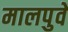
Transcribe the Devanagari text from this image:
मालपुवे